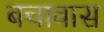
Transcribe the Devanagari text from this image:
बचावास